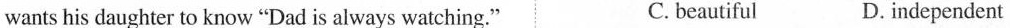
wants his daughter to know "Dad is always watching." C. beautiful D.independent